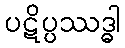
ပဋိပ္ပဿဒ္ဓါ